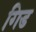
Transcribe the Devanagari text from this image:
गिड